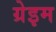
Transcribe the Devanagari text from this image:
ग्रेइम